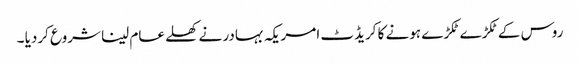
روس کے ٹکڑے ٹکڑے ہونے کا کریڈٹ امریکہ بہادر نے کھلے عام لینا شروع کردیا ۔